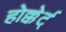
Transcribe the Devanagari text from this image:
होक्केर्ट्